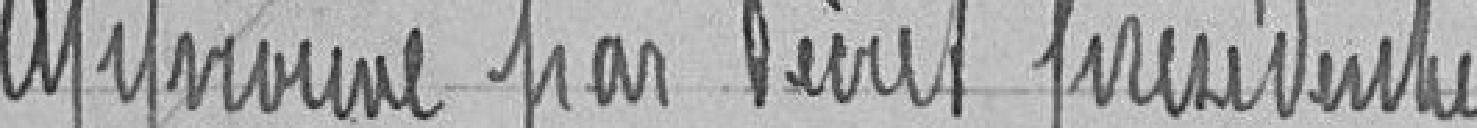
Approuvé par le Décret présidentiel